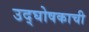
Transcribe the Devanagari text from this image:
उद्घोषकाची